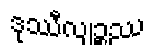
ဒုဿီလျဉ္စဿ